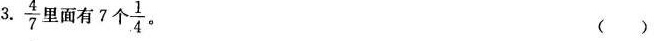
3. $$\frac{4}{7}$$ 里面有7个 $$\frac{1}{4}$$ 。 ( )